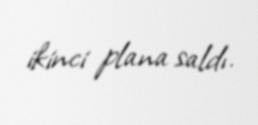
ikinci plana saldı.